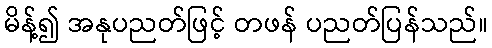
မိန့်၍ အနုပညတ်ဖြင့် တဖန် ပညတ်ပြန်သည်။